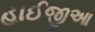
હાઈજીઆ